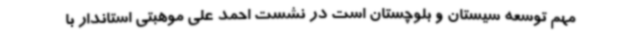
مهم توسعه سیستان و بلوچستان است در نشست احمد علی موهبتی استاندار با